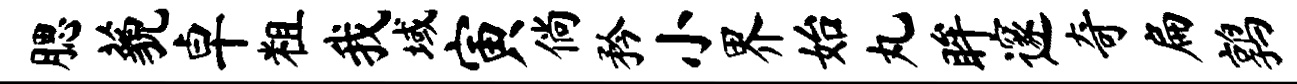
腮藐卓粗我域寅倘矜小界始丸眸邃奇扁鹑